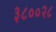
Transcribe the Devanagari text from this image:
३८००२८